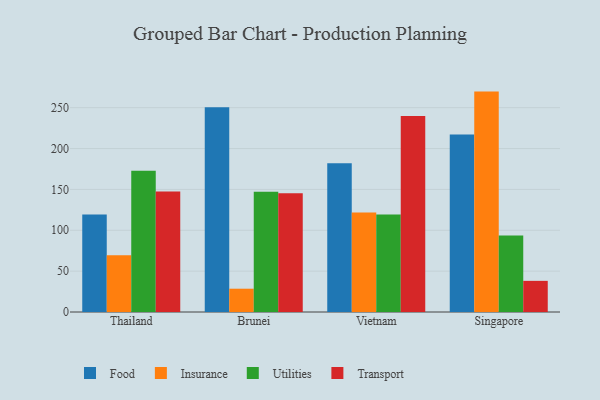
{"axis": {"x": "Country", "y": "Website Visitors"}, "legend": ["Food", "Insurance", "Transport", "Utilities"], "data": [{"x": "Thailand", "y": 119.4, "type": "Food"}, {"x": "Thailand", "y": 69.3, "type": "Insurance"}, {"x": "Thailand", "y": 172.7, "type": "Utilities"}, {"x": "Thailand", "y": 147.4, "type": "Transport"}, {"x": "Brunei", "y": 250.6, "type": "Food"}, {"x": "Brunei", "y": 28.5, "type": "Insurance"}, {"x": "Brunei", "y": 147.1, "type": "Utilities"}, {"x": "Brunei", "y": 145.3, "type": "Transport"}, {"x": "Vietnam", "y": 182.0, "type": "Food"}, {"x": "Vietnam", "y": 121.7, "type": "Insurance"}, {"x": "Vietnam", "y": 119.4, "type": "Utilities"}, {"x": "Vietnam", "y": 239.9, "type": "Transport"}, {"x": "Singapore", "y": 217.1, "type": "Food"}, {"x": "Singapore", "y": 269.7, "type": "Insurance"}, {"x": "Singapore", "y": 93.7, "type": "Utilities"}, {"x": "Singapore", "y": 38.1, "type": "Transport"}]}